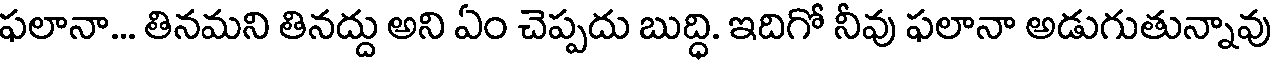
ఫలానా... తినమని తినద్దు అని ఏం చెప్పదు బుద్ధి. ఇదిగో నీవు ఫలానా అడుగుతున్నావు